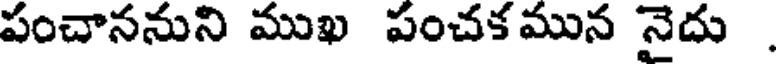
పంచాననుని ముఖ పంచక మున నైదు .